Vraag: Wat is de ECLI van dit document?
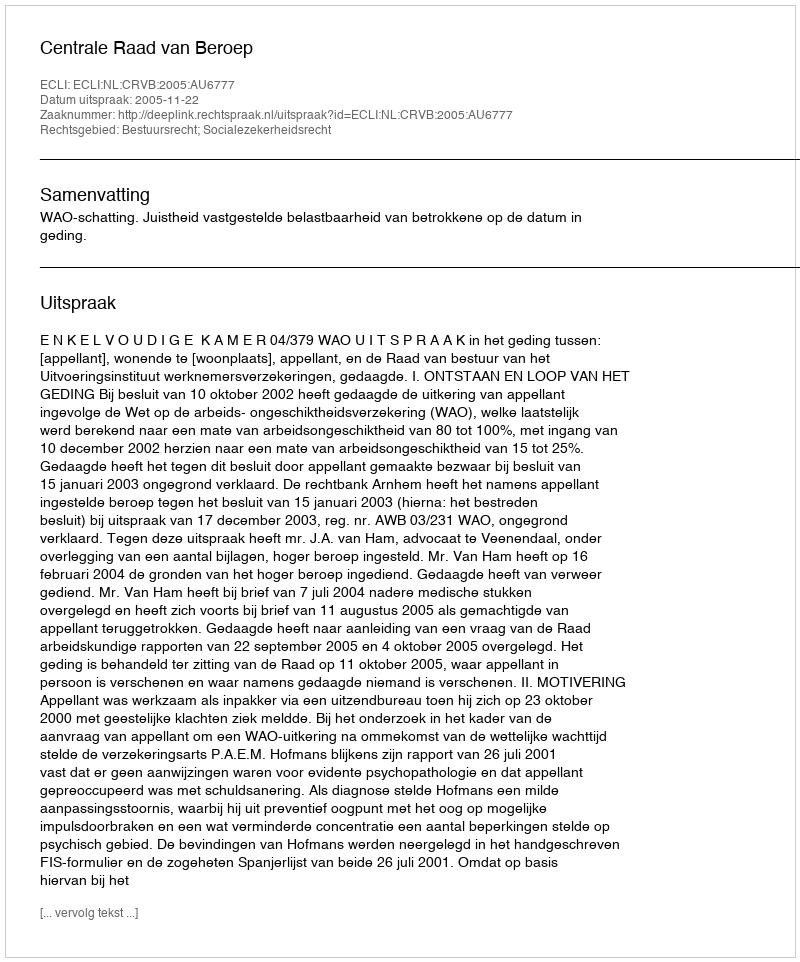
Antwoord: ECLI:NL:CRVB:2005:AU6777